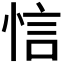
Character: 𢚘